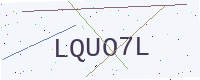
Text: LQUO7L